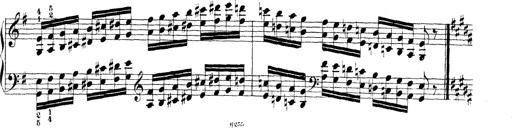
Title: Technische Studien
Composer: Franz Liszt